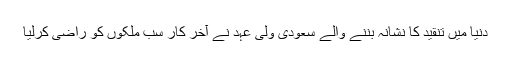
دنیا میں تنقید کا نشانہ بننے والے سعودی ولی عہد نے آخر کار سب ملکوں کو راضی کرلیا